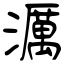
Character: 濿